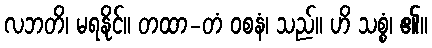
လဘတိ၊ မရနိုင်။ တထာ-တံ ဝစနံ၊ သည်။ ဟိ သစ္စံ၊ ၏။